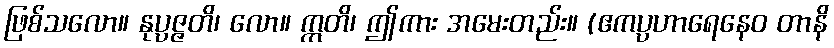
ဖြစ်သလော။ နုပ္ပဇ္ဇတိ၊ လော။ ဣတိ၊ ဤကား အမေးတည်း။ (ဧကပ္ပဟာရေနေဝ တာနိ